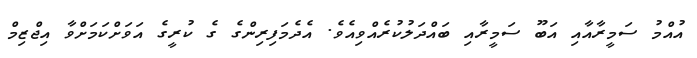
އުއްމު ސަމީރާއާއި އަބޫ ސަމީރާއި ބައްދަލުކުރެއްވިއެވެ. އެދެމަފިރިންގެ ގެ ކުރީގެ އަވަށްކަމަށްވާ އިޖްޒިމް